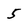
Character: 5